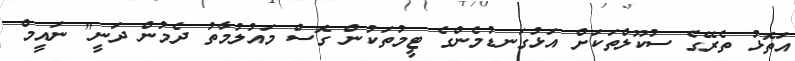
އަތޮޅު ތެރޭގެ ސުކޫލްތަކަށް އަޅުގަނޑުމެންގެ ޓީމުތަކުން ގޮސް މައުލުމާތު ދެމުން ދަނީ" ނައީމް